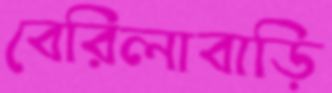
বেরিলাবাড়ি